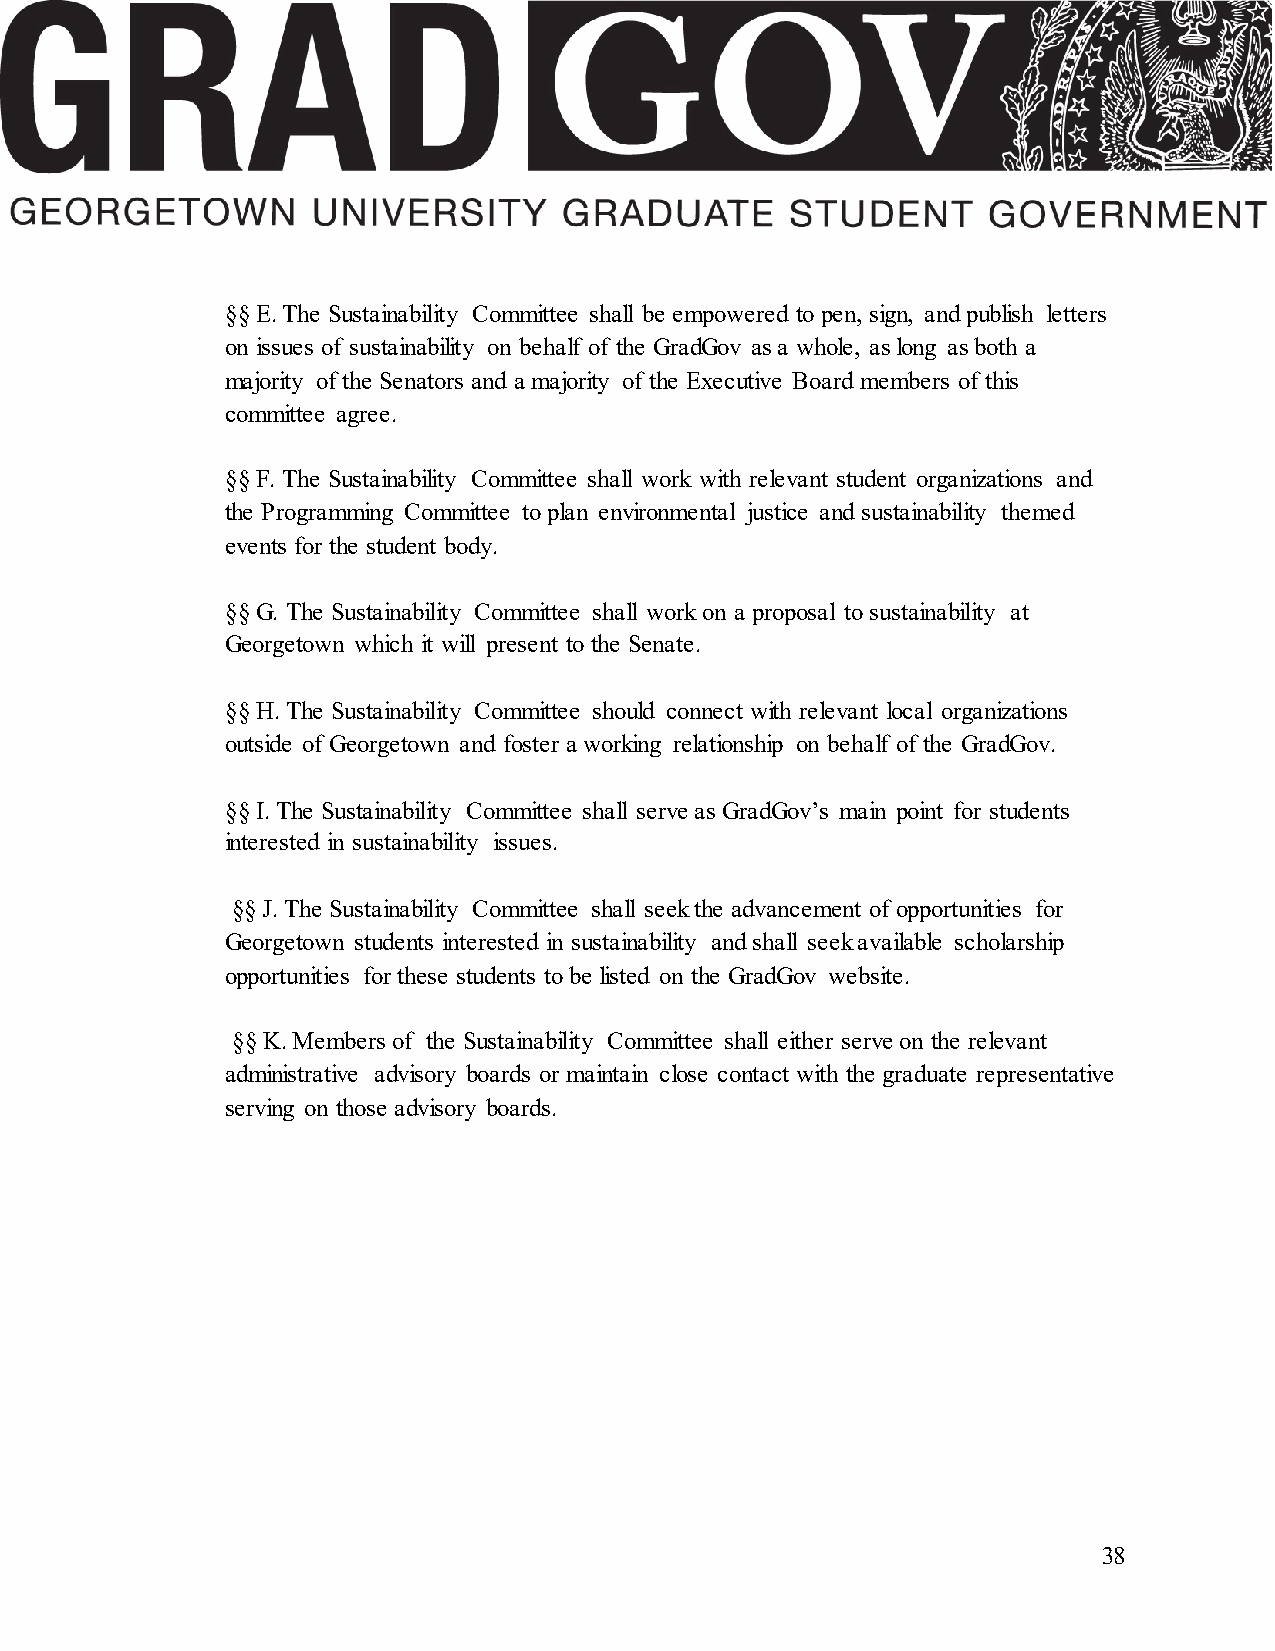
§§ E. The Sustainability Committee shall be empowered to pen, sign, and publish letters
 on issues of sustainability on behalf of the GradGov as a whole, as long as both a
 majority of the Senators and a majority of the Executive Board members of this
 committee agree.
 §§ F. The Sustainability Committee shall work with relevant student organizations and
 the Programming Committee to plan environmental justice and sustainability themed
 events for the student body.
 §§ G. The Sustainability Committee shall work on a proposal to sustainability at
 Georgetown which it will present to the Senate.
 §§ H. The Sustainability Committee should connect with relevant local organizations
 outside of Georgetown and foster a working relationship on behalf of the GradGov.
 §§ I. The Sustainability Committee shall serve as GradGov’s main point for students
 interested in sustainability issues.
 §§ J. The Sustainability Committee shall seek the advancement of opportunities for
 Georgetown students interested in sustainability and shall seek available scholarship
 opportunities for these students to be listed on the GradGov website.
 §§ K. Members of the Sustainability Committee shall either serve on the relevant
 administrative advisory boards or maintain close contact with the graduate representative
 serving on those advisory boards.
 38